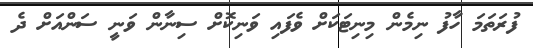
ފުރަތަމަ ހާފު ނިމެން މިނިޓަކަށް ވެފައި ވަނިކޮށް ސިނާން ވަނީ ސަންއަށް ދެ